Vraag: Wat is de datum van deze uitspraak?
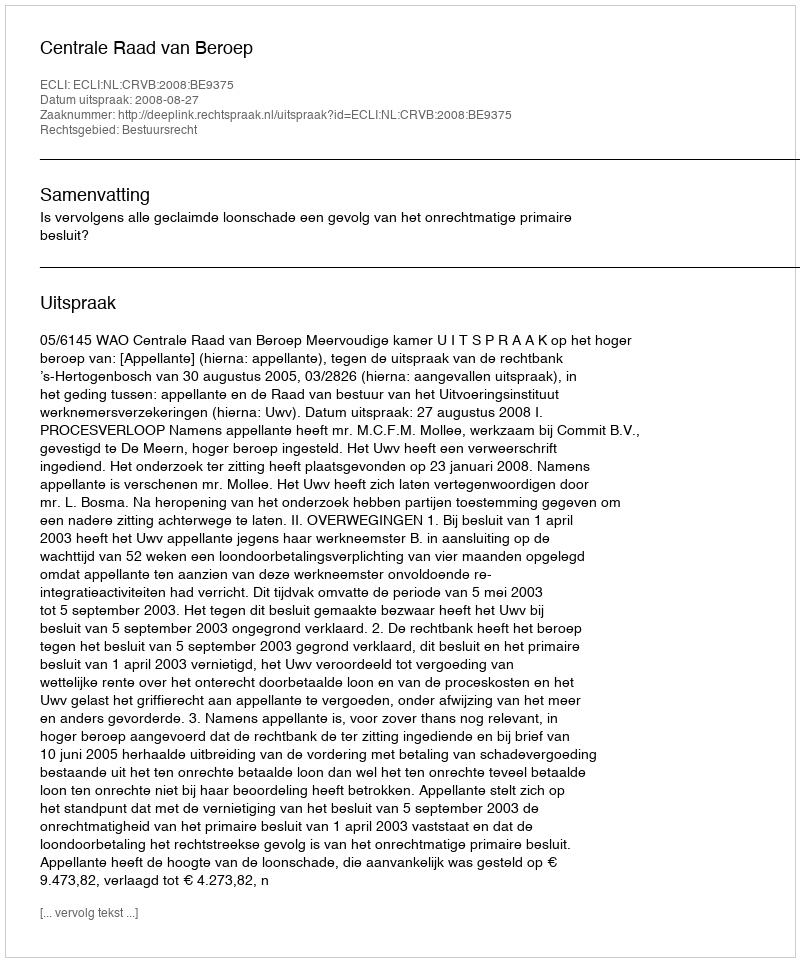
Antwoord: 2008-08-27